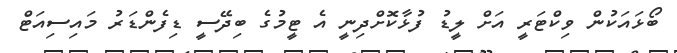
ބޯޅައަކުން ވިކްޓަރީ އަށް ލީޑު ފުޅާކޮށްދިނީ އެ ޓީމުގެ ބިދޭސީ ޑިފެންޑަރު މައިސިއަޓް